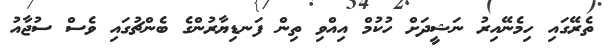
ތެރޭގައި ހިމެނޭއިރު ނަޝީދަށް ހުކުމް އިއްވި ތިން ފަނޑިޔާރުންގެ ބެންޗުގައި ވެސް ސުޖާއު